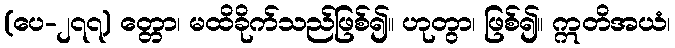
(ပေ-၂၇၇) တ္တော၊ မထိခိုက်သည်ဖြစ်၍။ ဟုတွာ၊ ဖြစ်၍။ ဣတိအယံ၊